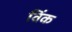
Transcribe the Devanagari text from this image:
विंक